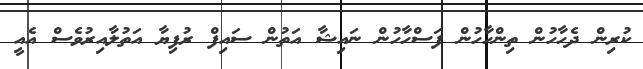
ކުރިން ދެހާހުން ތިންހާހުން ފަސްހާހުން ނައިޝާ އަތުން ސައިފް ރުފިޔާ އަތުލާއިރުވެސް އެއީ